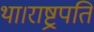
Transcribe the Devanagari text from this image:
था।राष्ट्रपति